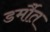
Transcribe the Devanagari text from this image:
डर्मौत